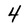
Character: 4